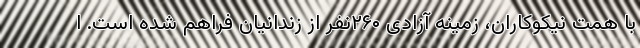
با همت نیکوکاران، زمینه آزادی ۲۶۰نفر از زندانیان فراهم شده است. ا